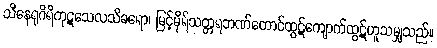
သိနေရုဂိရိကုဋသေလသိခရော၊ မြင့်မိုရ်သတ္တရဘဏ်တောင်ထွဋ်ကျောက်ထွဋ်ဟူသမျှသည်။